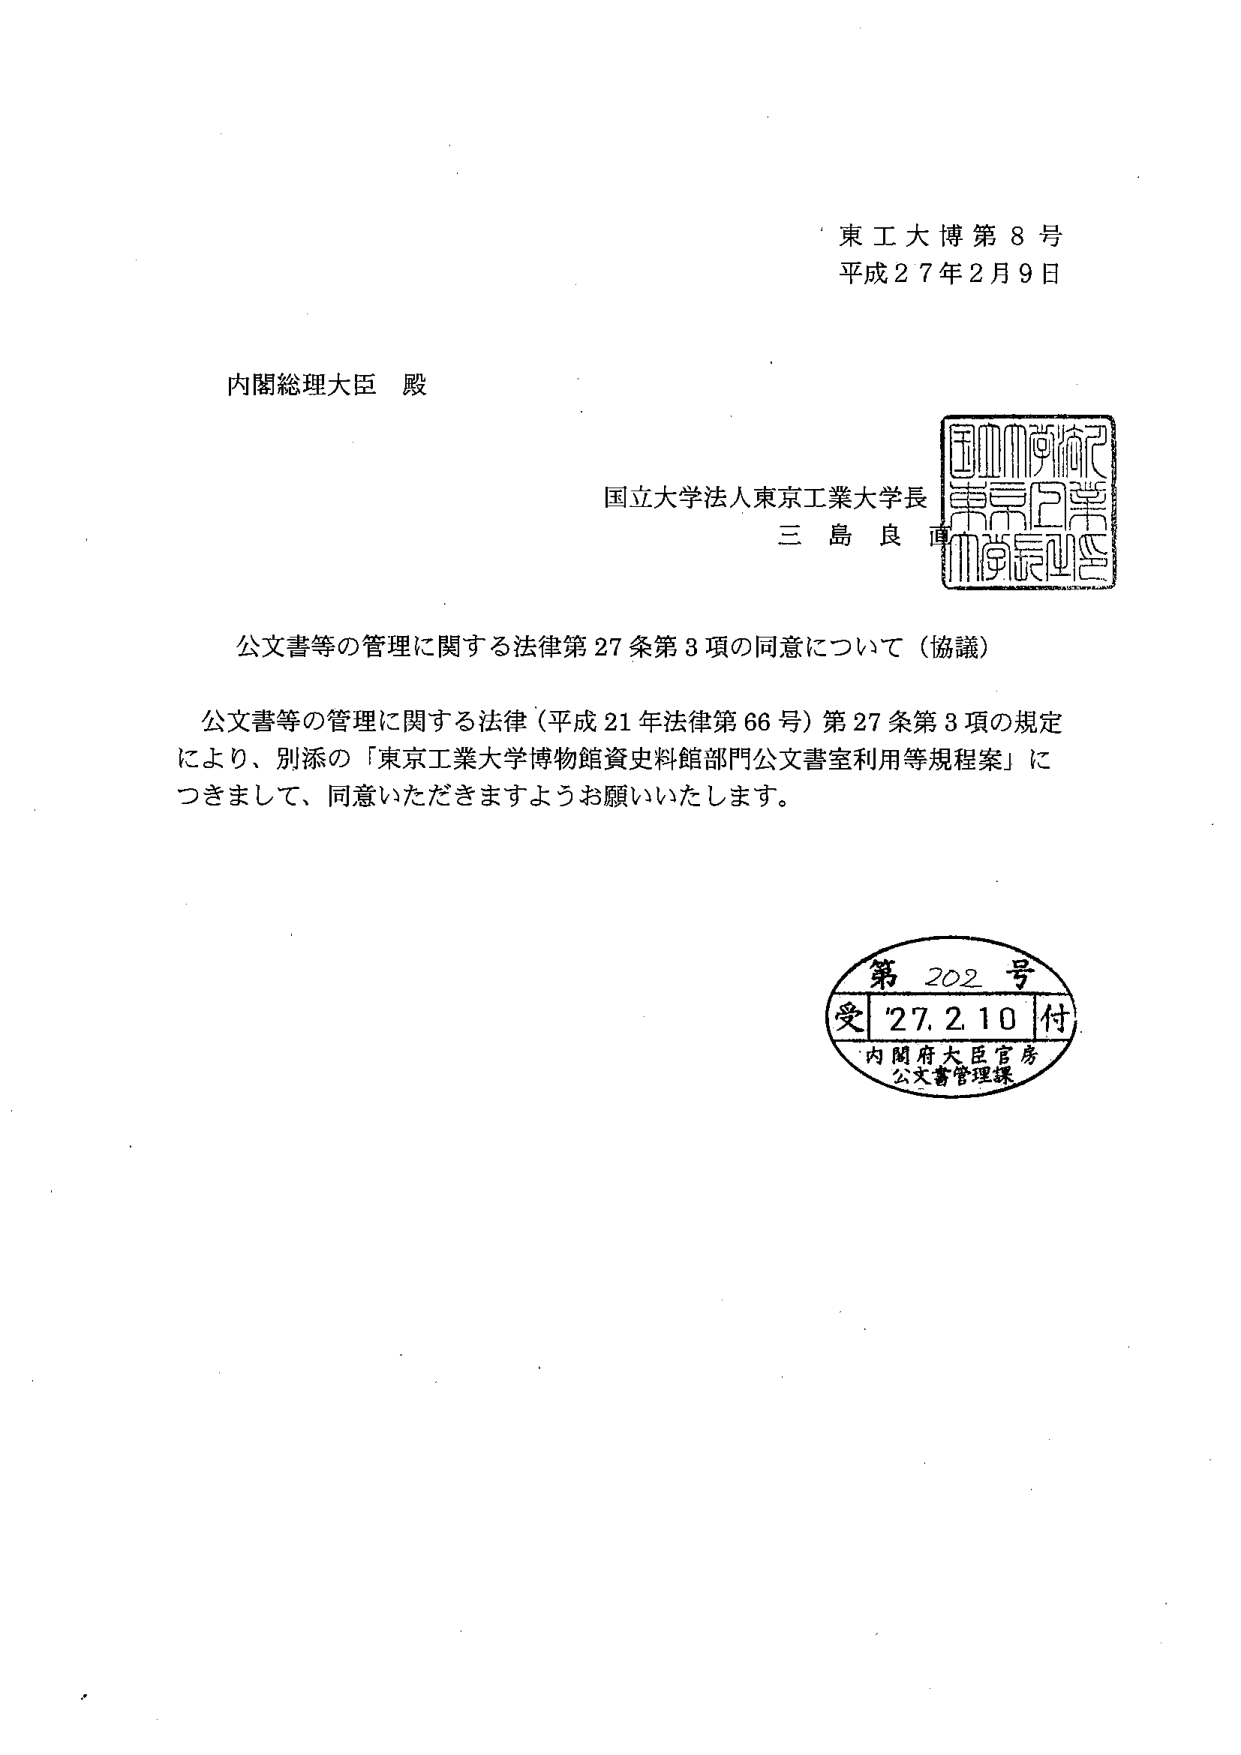
東工大博第8号
平成27年2月9日

内閣総理大臣 殿

国立大学法人東京工業大学長
三島良直

公文書等の管理に関する法律第27条第3項の同意について（協議）

公文書等の管理に関する法律（平成21年法律第66号）第27条第3項の規定
により、別添の「東京工業大学博物館資料館部門公文書室利用等規程案」に
つきまして、同意いただきますようお願いいたします。

第202号
受 27.2.10 付
内閣府大臣官房
公文書管理課

国立大学法人東京工業大学
（印章）